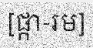
[ផ្កា-រម]